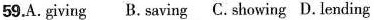
59.A.giving Bmeaningful